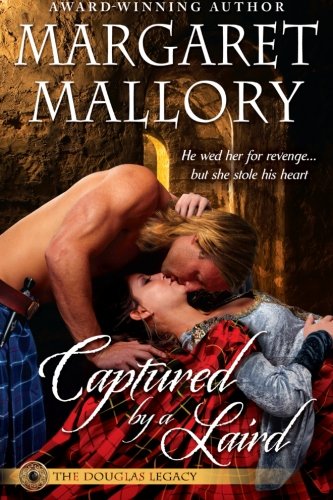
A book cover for Captured by a Laird (The Douglas Legacy); Margaret Mallory; Romance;